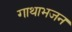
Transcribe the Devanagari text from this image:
गाथाभजन